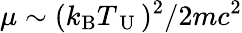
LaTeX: \mu\sim(k_{\mathrm{B}}T_{\mathrm{~U~}})^{2}/2mc^{2}